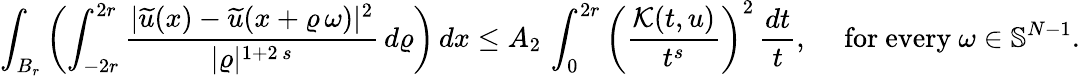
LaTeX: \int_{B_{r}}\left(\int_{-2r}^{2r}\frac{|\widetilde{u}(x)-\widetilde{u}(x+\varrho\, \omega)|^{2}}{|\varrho|^{1+2\, s}}\, d\varrho\right)\, dx\le A_{2}\, \int_{0}^{2r}\left(\frac{\mathcal{K}(t,u)}{t^{s}}\right)^{2}\, \frac{dt}{t},\quad\mathrm{~for~every~}\omega\in\mathbb{S}^{N-1}.